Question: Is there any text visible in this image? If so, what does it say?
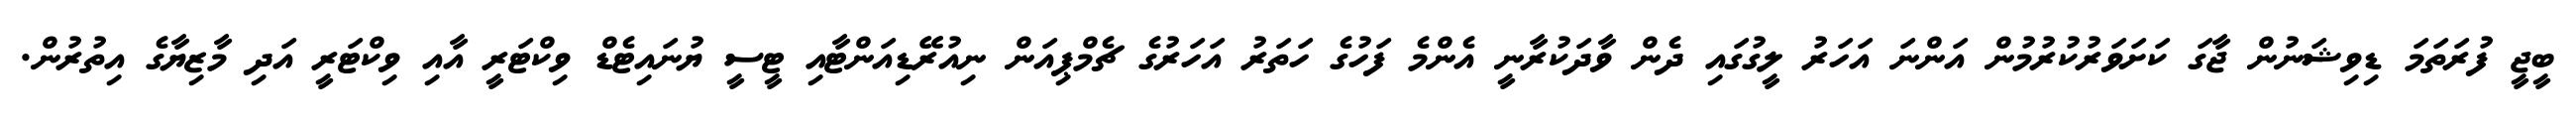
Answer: ބީޖީ ފުރަތަމަ ޑިވިޝަނުން ޖާގަ ކަށަވަރުކުރުމުން އަންނަ އަހަރު ލީގުގައި ދެން ވާދަކުރާނީ އެންމެ ފަހުގެ ހަތަރު އަހަރުގެ ޗެމްޕިއަން ނިއުރޭޑިއަންޓާއި ޓީސީ ޔުނައިޓެޑް ވިކްޓަރީ އާއި ވިކްޓަރީ އަދި މާޒިޔާގެ އިތުރުން.